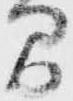
間